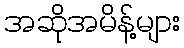
အဆိုအမိန့်များ